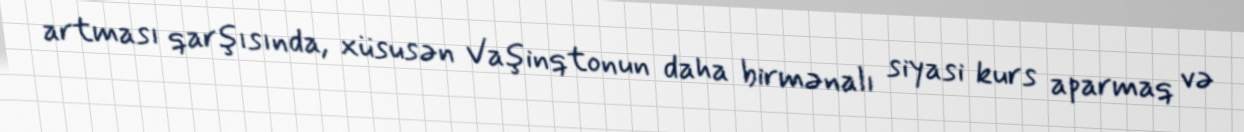
artması qarşısında, xüsusən Vaşinqtonun daha birmənalı siyasi kurs aparmaq və